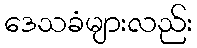
ဒေသခံများလည်း